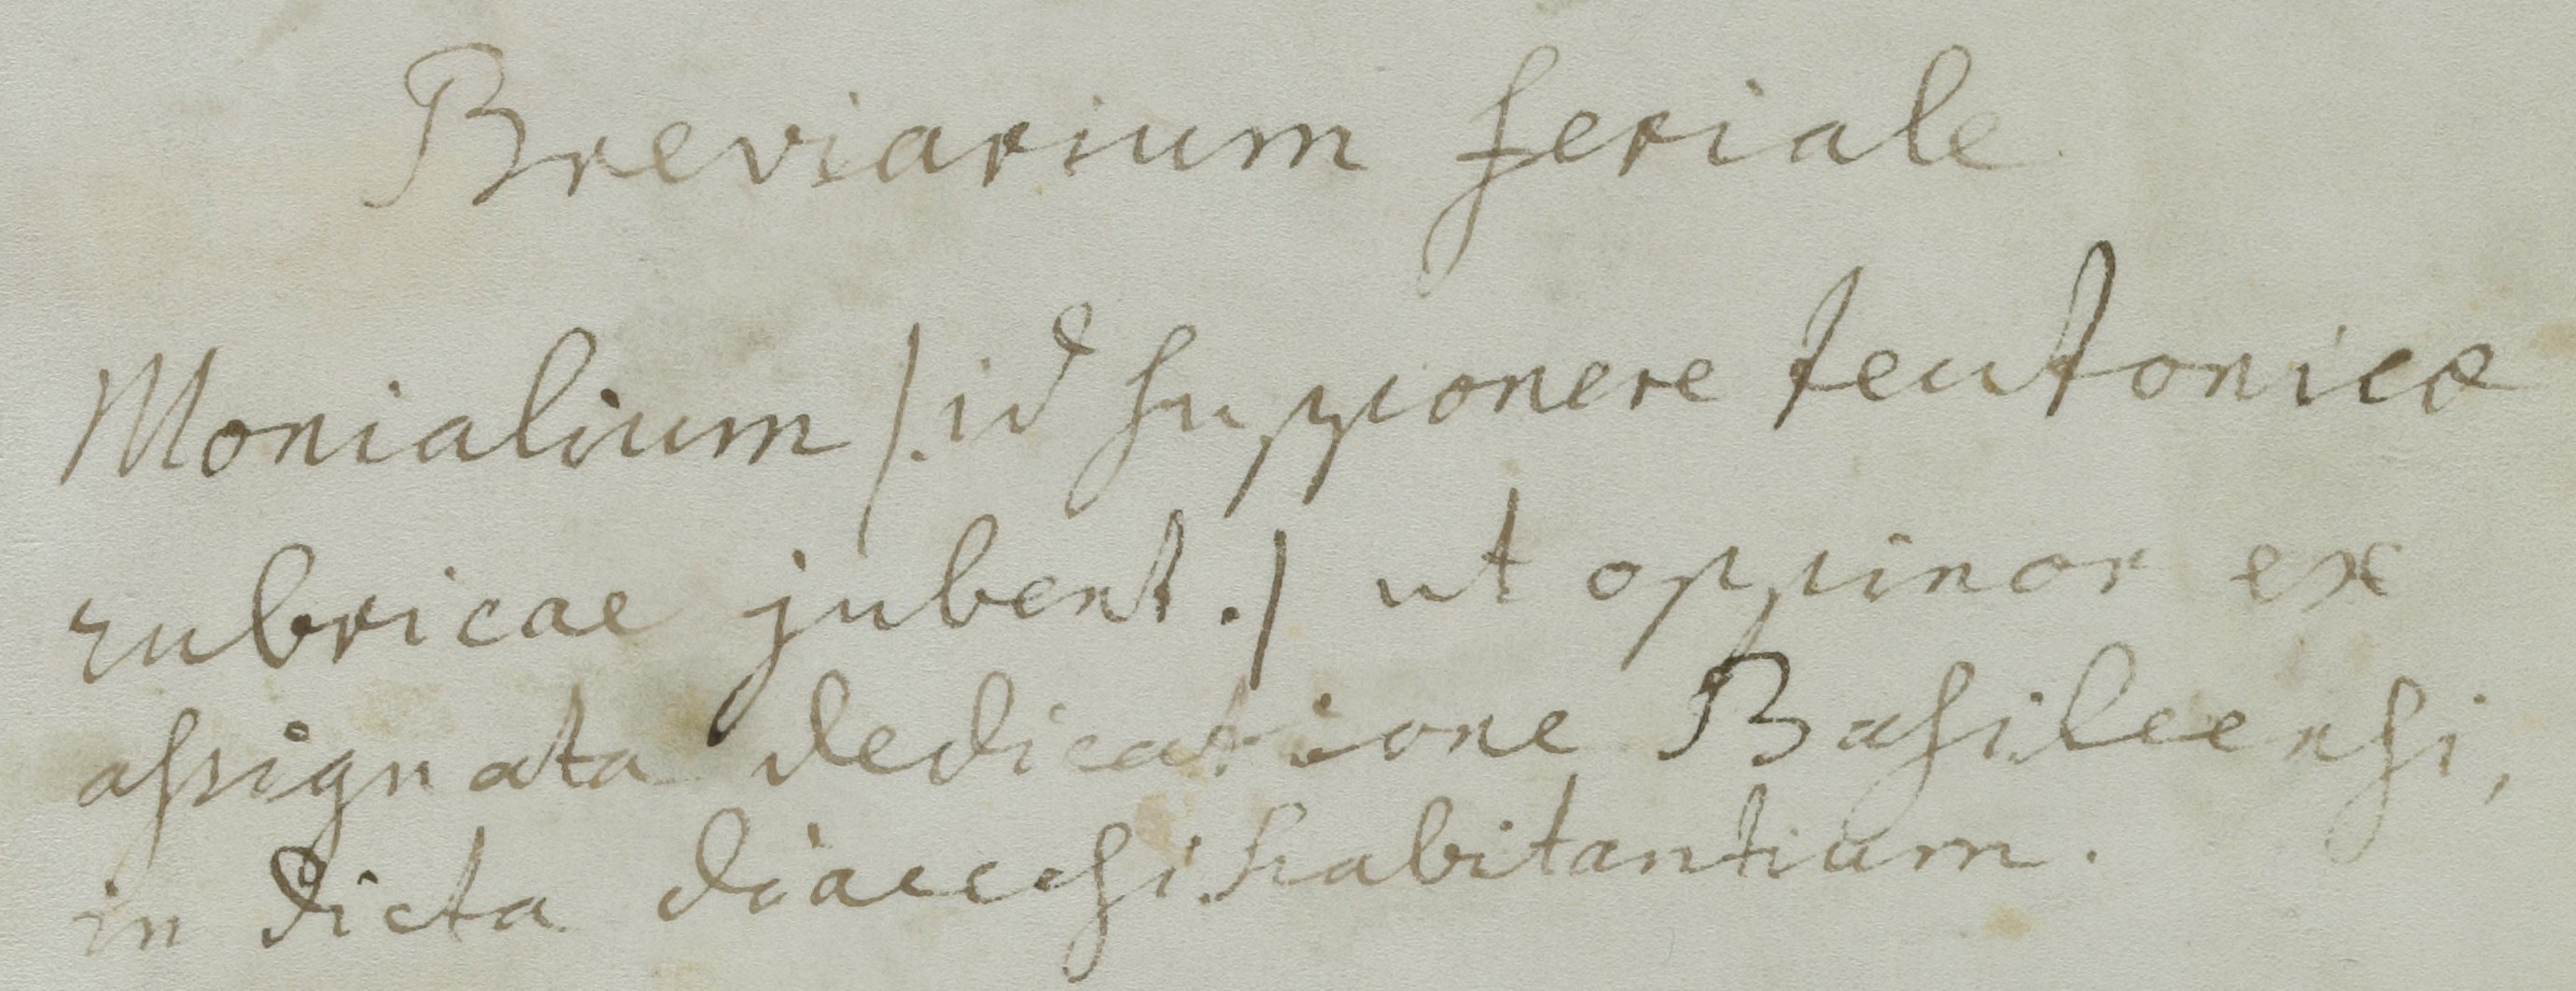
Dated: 1300–1399